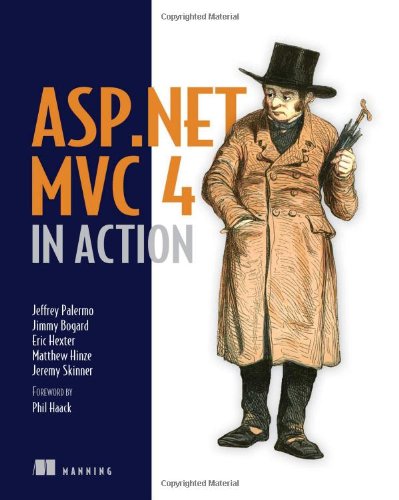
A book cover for ASP.NET MVC 4 in Action; Jeffrey Palermo; Computers & Technology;